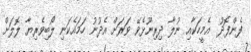
ފެންފޮދު  އެމީހަކާއި ނުލާ ދިރިނޫޅެވޭ ވަރަށް އެދުނު ހަމައެކަނި ލޯބިވެރިޔާ ލޮލަށް